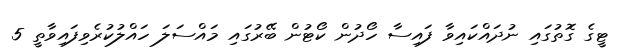
ޓީގެ ގޮތުގައި ނުދައްކައިވާ ފައިސާ ހޯދުން ކޯޓުން ބޭރުގައި މައްސަލަ ހައްލުކުރެވިފައިވާތީ 5